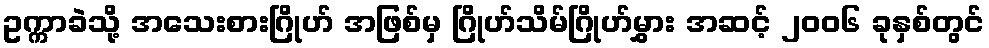
ဥက္ကာခဲသို့ အသေးစားဂြိုဟ် အဖြစ်မှ ဂြိုဟ်သိမ်ဂြိုဟ်မွှား အဆင့် ၂၀၀၆ ခုနှစ်တွင်